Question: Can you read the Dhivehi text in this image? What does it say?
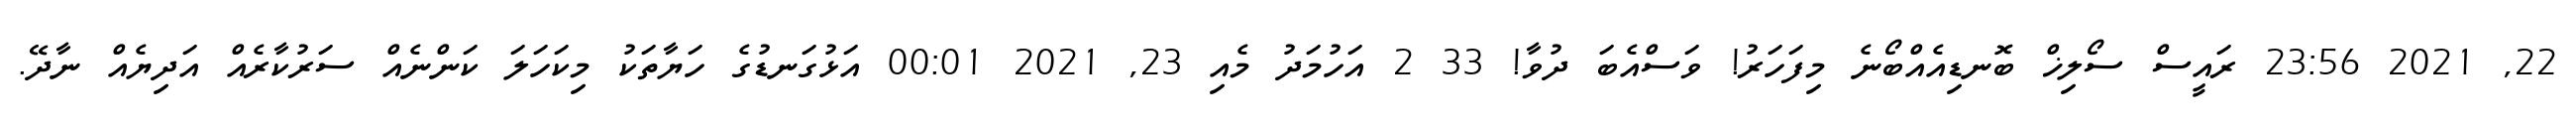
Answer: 22, 2021 23:56 ރައީސް ސޯލިޚް ބޮނޑިއެއްބޯނެ މިފަހަރު! ވަސްއެބަ ދުވާ! 33 2 އަހުމަދު މެއި 23, 2021 00:01 އަޅުގަނޑުގެ ހަޔާތަކު މިކަހަލަ ކަންނެއް ސަރުކާރެއް އަދިޔެއް ނާދޭ.